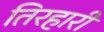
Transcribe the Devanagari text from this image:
तिरहारी